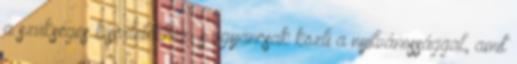
a szükséges kísérletekhez, s ugyancsak közli a nyilvánossággal, amit